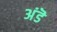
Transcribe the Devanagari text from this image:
अंडॆ